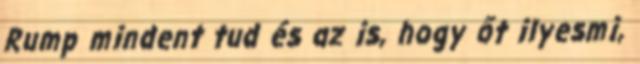
Rump mindent tud és az is, hogy őt ilyesmi,